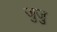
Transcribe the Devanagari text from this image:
जुजु